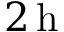
2 \, \mathrm { { h } }